Annual report on the Civil Veterinary Department, Burma (including the Insein Veterinary School) - 1932-1941
Year: 1932
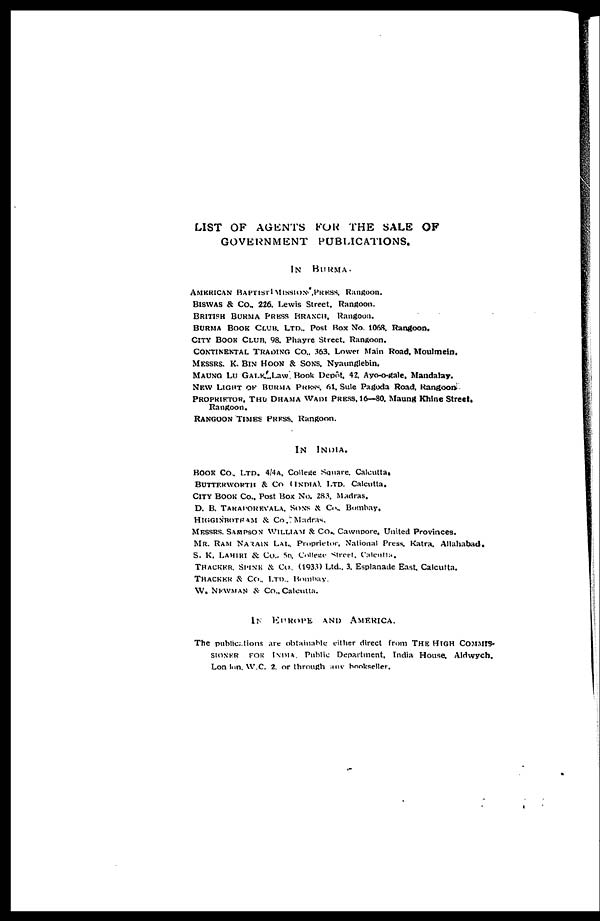
LIST OF AGENTS FOR THE SALE OF
GOVERNMENT PUBLICATIONS.
IN BURMA.
AMERICAN BAPTIST MISSION PRESS,
Rangoon.
BISWAS & Co., 226, Lewis Street, Rangoon.
BRITISH BURMA PRESS BRANCH, Rangoon.
BURMA BOOK CLUB, LTD., POST BOX No. 1068, Rangoon.
CITY BOOK CLUB, 98, Phayre Street, Rangoon.
CONTINENTAL TRADING Co., 363, Lower Main Road, Moulmein,
MESSRS, K. BIN HOON & SONS, Nyaunglebin.
MAUNGQ LU GALE Law. Book Depôt, 42, Ayo-o-gale, Mandalay.
NEW LIGHT OK BURMA PRESS, 61, Sule Pagoda Road, Rangoon
PROPRIETOR, THU DHAMA WADI PRESS, 16—80, Maung Khine Street,
Rangoon.
RANGOON TIMES PRESS, Rangoon.
IN INDIA.
BOOK CO., LTD. 4/4A.College Square, Calcutta,
BUTTERWORTH & CO (INDIA), LTD. Calcutta,
CITY BOOK Co., Post Box No. 283, Madras.
D. B. TARAPOREVALA, SONS& Co., Bombay,
HIGGINBOTRAM & Co., Madras.
MESSRS, SAMPSON WILLIAM & Co., Cawnpore, United Provinces.
MR. RAM NARAIN LAL, Proprietor, National Press, Katra, Allahabad.
S. K. LAHIRI & Co., 56, College Street, Calcutta.
THACKER, SPINK & Co., (1933) Ltd., 3, Esplanade East, Calcutta.
THACKER & Co., LTD., Bombay.
W. NEWMAN & Co., Calcutta.
IN EUROPE AND AMERICA.
The publications are obtainable either direct from THE HIGH COMMIS-
SIONER FOR INDIA Public Department, India House. Aldwych.
London, W.C. 2, or through any bookseller.